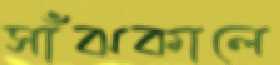
সাঁঝকালে